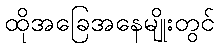
ထိုအခြေအနေမျိုးတွင်